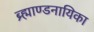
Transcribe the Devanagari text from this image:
ब्र्ह्माण्डनायिका